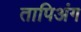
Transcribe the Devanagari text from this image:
तापिअंग